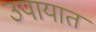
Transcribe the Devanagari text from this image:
उपायात